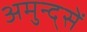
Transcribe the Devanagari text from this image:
अमुन्द्सें